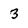
Character: 3